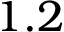
1 . 2